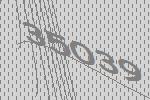
35039